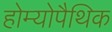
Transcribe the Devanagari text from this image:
होम्‍योपैथिक